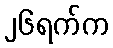
၂၆ရက်က